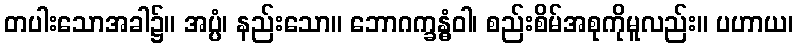
တပါးသောအခါ၌။ အပ္ပံ၊ နည်းသော။ ဘောဂက္ခန္ဓံဝါ၊ စည်းစိမ်အစုကိုမူလည်း။ ပဟာယ၊